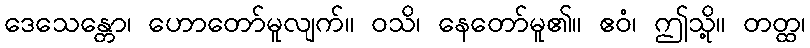
ဒေသေန္တော၊ ဟောတော်မူလျက်။ ဝသိ၊ နေတော်မူ၏။ ဧဝံ၊ ဤသို့။ တတ္ထ၊